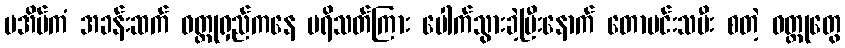
မအိမ်ကံ အခန်းဆက် ဝတ္ထုရှည်ကနေ ပရိသတ်ကြား ပေါက်သွားခဲ့ပြီးနောက် တောမင်းသမီး စတဲ့ ဝတ္ထုတွေ